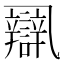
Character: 𨐾